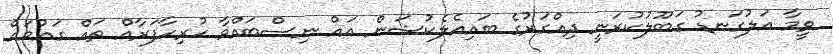
ވީމާ އަލުގަނޑު ގަބޫލުކުރަނީ ދިއްގަރުގެ ބައިއެލެކުޝަން އައް ނިސްބައްވާ ހުރިހާފަރާއް ތައް ގައުމައް